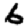
Digit: 6